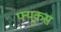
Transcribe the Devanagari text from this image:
फ्यूकस